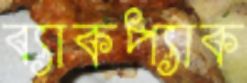
ব্যাকপ্যাক